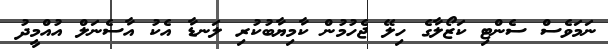
ނަމަވެސް ސެންޓި ކަޒޯލާގެ ހިލޭ ޖެހުމުން ކާމިޔާބުކުރި ލަނޑާ އެކު އާސެނަލް އުއްމީދު